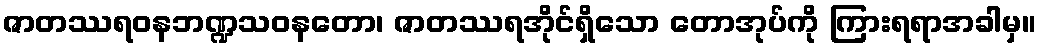
ဇာတဿရဝနဘဏ္ဍသဝနတော၊ ဇာတဿရအိုင်ရှိသော တောအုပ်ကို ကြားရရာအခါမှ။